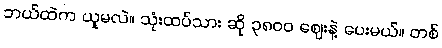
ဘယ်ထဲက ယူမလဲ။ သုံးထပ်သား ဆို ၃၈၀၀ ဈေးနဲ့ ပေးမယ်။ တစ်